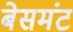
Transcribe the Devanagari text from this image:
बेसमंट